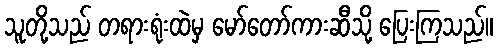
သူတို့သည် တရားရုံးထဲမှ မော်တော်ကားဆီသို့ ပြေးကြသည်။